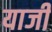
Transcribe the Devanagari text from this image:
याजी